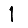
Digit: 1